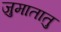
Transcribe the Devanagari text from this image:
जुमातातु